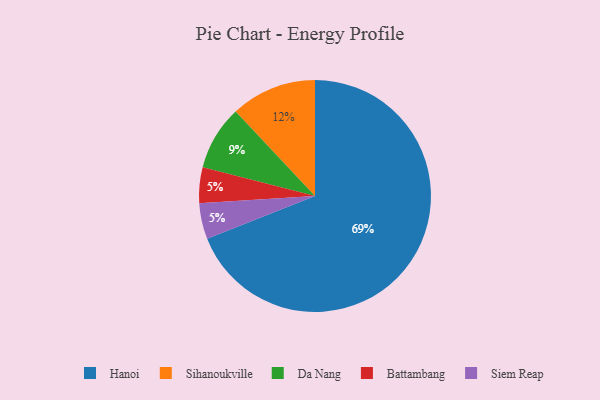
{"axis": {"x": "Category", "y": "Percentage"}, "legend": ["Battambang", "Da Nang", "Hanoi", "Siem Reap", "Sihanoukville"], "data": [{"x": "Battambang", "y": 5, "type": "Battambang"}, {"x": "Siem Reap", "y": 5, "type": "Siem Reap"}, {"x": "Sihanoukville", "y": 12, "type": "Sihanoukville"}, {"x": "Da Nang", "y": 9, "type": "Da Nang"}, {"x": "Hanoi", "y": 69, "type": "Hanoi"}]}